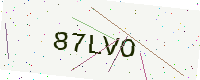
Text: 87LVO